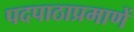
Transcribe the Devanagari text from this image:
पदपाठाप्रमाणें